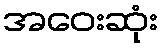
အဝေးဆုံး